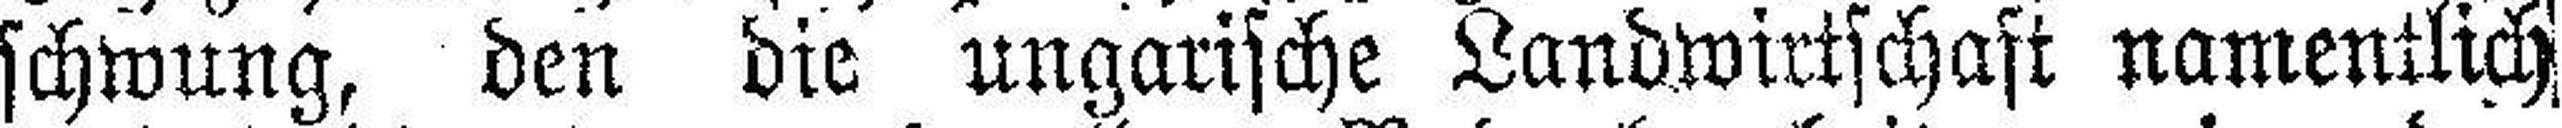
schwung, den die ungarische Landwirtschaft namentlich